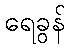
ရေခွန်